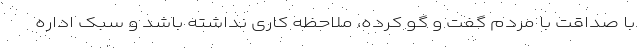
با صداقت با مردم گفت و گو کرده، ملاحظه کاری نداشته باشد و سبک اداره